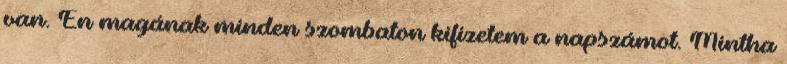
van. Én magának minden szombaton kifizetem a napszámot. Mintha